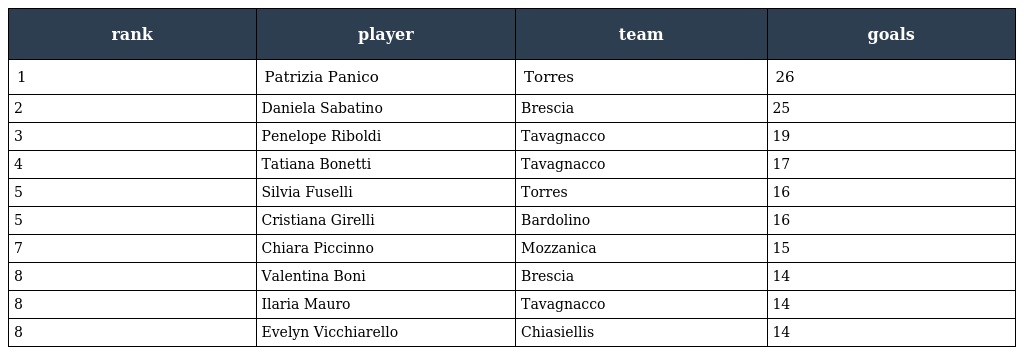
| rank | player | team | goals |
 | --- | --- | --- | --- |
 | 1 | Patrizia Panico | Torres | 26 |
 | 2 | Daniela Sabatino | Brescia | 25 |
 | 3 | Penelope Riboldi | Tavagnacco | 19 |
 | 4 | Tatiana Bonetti | Tavagnacco | 17 |
 | 5 | Silvia Fuselli | Torres | 16 |
 | 5 | Cristiana Girelli | Bardolino | 16 |
 | 7 | Chiara Piccinno | Mozzanica | 15 |
 | 8 | Valentina Boni | Brescia | 14 |
 | 8 | Ilaria Mauro | Tavagnacco | 14 |
 | 8 | Evelyn Vicchiarello | Chiasiellis | 14 |